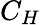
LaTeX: C_{H}